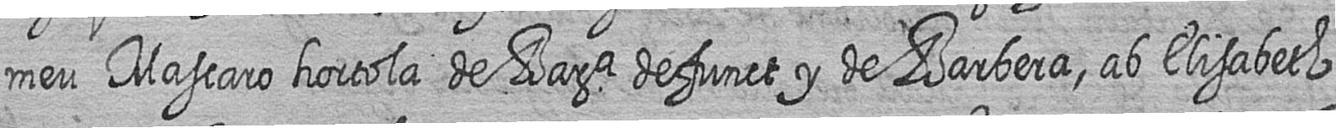
meu Mascaro hortola de Bara defunct y de Barbera ab Elisabeth